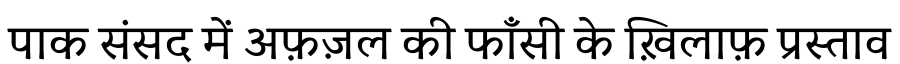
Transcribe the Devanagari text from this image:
पाक संसद में अफ़ज़ल की फाँसी के ख़िलाफ़ प्रस्ताव